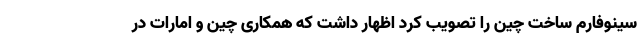
سینوفارم ساخت چین را تصویب کرد اظهار داشت که همکاری چین و امارات در